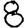
Digit: 8